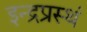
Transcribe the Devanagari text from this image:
इन्द्रप्रस्थं